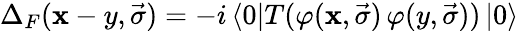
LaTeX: {\Delta}_{F}(\mathbf{x}-y,\vec{{\sigma}})=-i\left<0\right|T(\varphi(\mathbf{x},\vec{{\sigma}})\, \varphi(y,\vec{{\sigma}}))\left|0\right>